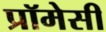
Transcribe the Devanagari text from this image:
प्रॉमेसी